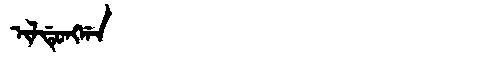
Manchu: ᡳᠯᡩᡠᠩᡤᠠ
Romanization: ILDUNGGA